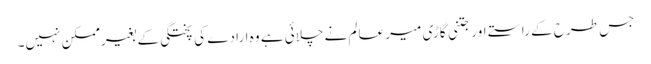
جس طرح کے راستے اور جتنی گاڑی میر عالم نے چلائی ہے وہ ارادے کی پختگی کے بغیرممکن نہیں۔